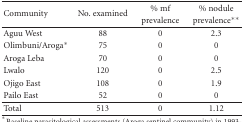
| <ROWSPAN=2> Community | <ROWSPAN=2> No. examined | % mf | % nodule |
 | prevalence | prevalence∗∗ |
 | --- | --- | --- | --- |
 | Aguu West | 88 | 0 | 2.3 |
 | Olimbuni/Aroga∗ | 75 | 0 | 0 |
 | Aroga Leba | 70 | 0 | 0 |
 | Lwalo | 120 | 0 | 2.5 |
 | Ojigo East | 108 | 0 | 1.9 |
 | Pailo East | 52 | 0 | 0 |
 | Total | 513 | 0 | 1.12 |